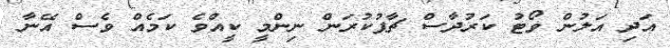
އަދި އަލުން ވޯޓު ކަރުދާސް ޗާޕުކުރަން ނިންމީ ކީއްވެ ކަމެއް ވެސް އޭނާ